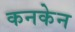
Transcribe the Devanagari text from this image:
कनकेन